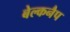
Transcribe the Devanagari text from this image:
बेल्कनैप